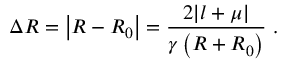
\Delta R = \left| R - R _ { 0 } \right| = \frac { 2 | l + \mu | } { \gamma \left( R + R _ { 0 } \right) } \, \, .